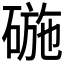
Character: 𮵗